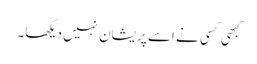
کبھی کسی نے اسے پریشان نہیں دیکھا۔